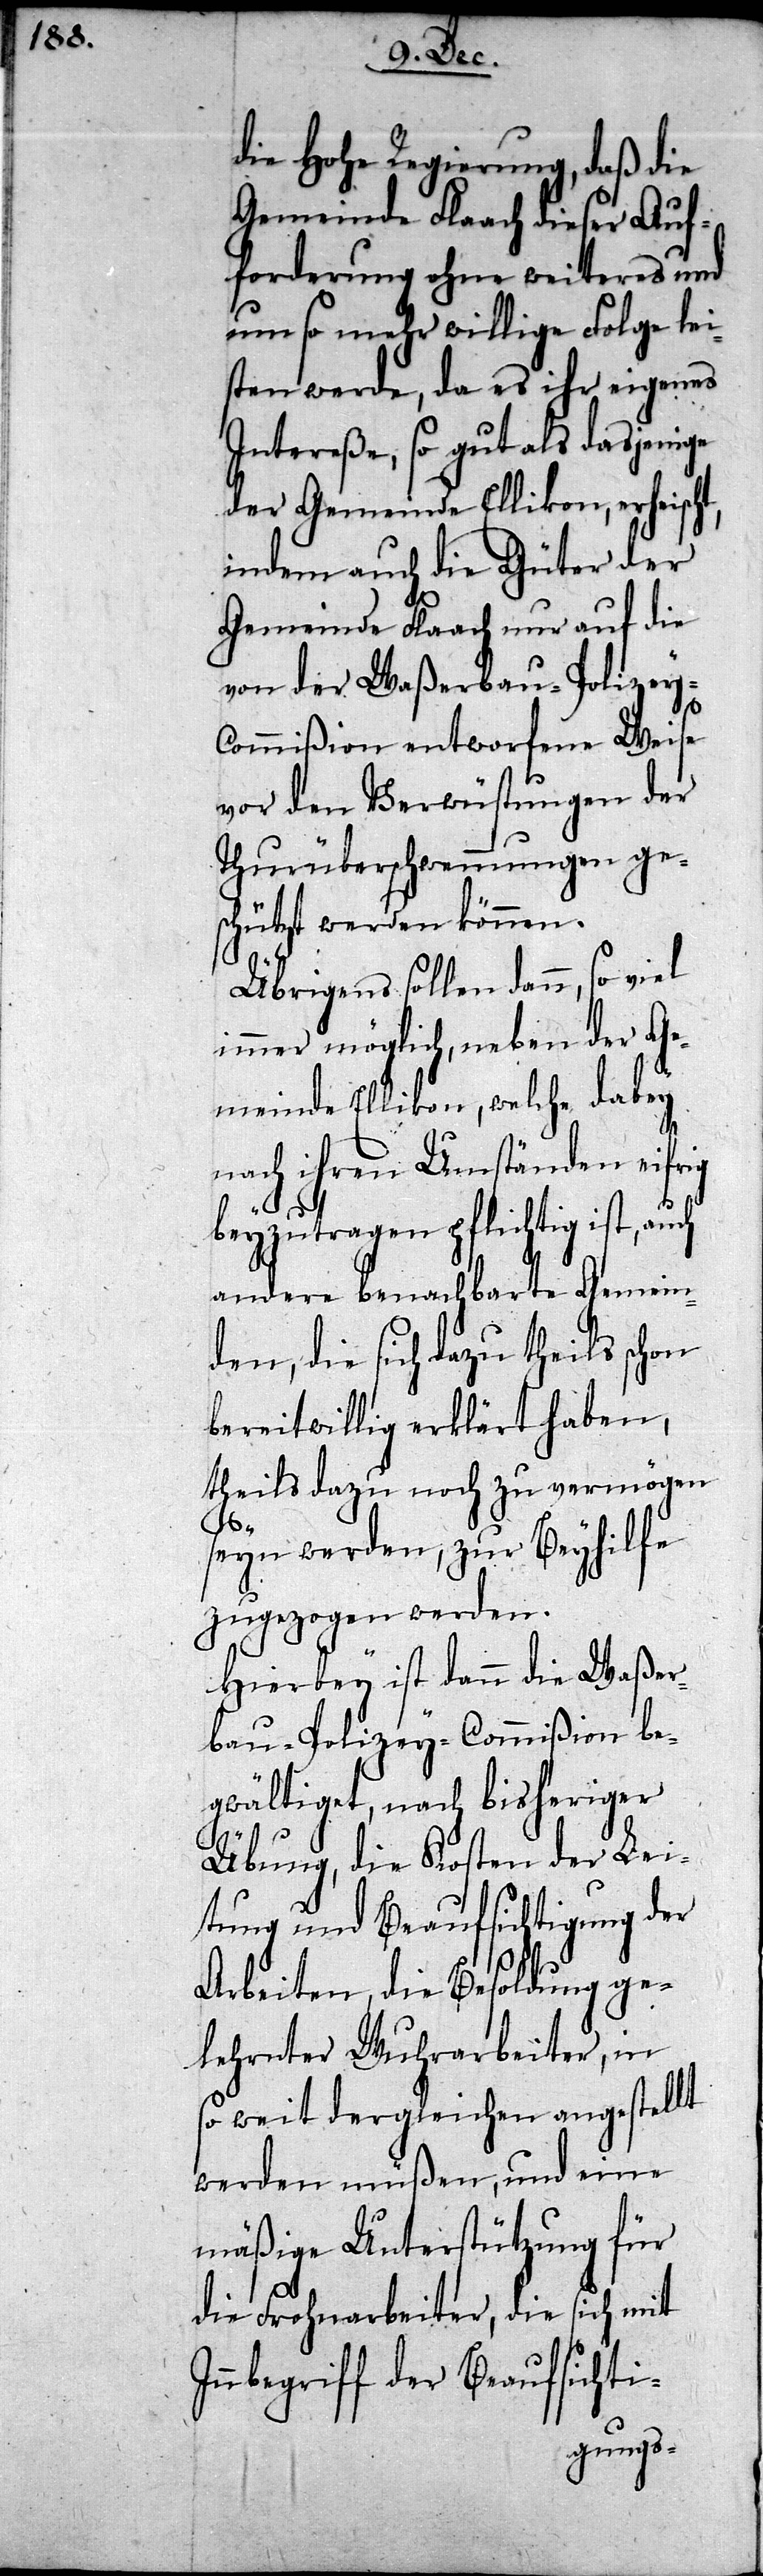
die Hohe Regierung, daß die
Gemeinde Flaach dieser Auf¬
forderung ohne weiteres und
um so mehr willige Folge lei¬
sten werde, da es ihr eigenes
Intereße, so gut als dasjenige
der Gemeinde Ellikon, erheischt,
indem auch die Güter der
Gemeinde Flaach nur auf die
von der Waßerbau-Polizey-C¬
ommißion entworfene Weise
vor den Verwüstungen der
Thurüberschwemmungen ge¬
schützt werden können.
Übrigens sollen dann, so viel
immer möglich, neben der Ge¬
meinde Ellikon, welche dabey
nach ihren Umständen eifrig
beyzutragen pflichtig ist, auch
andere benachbarte Gemein¬
den, die sich dazu theils schon
bereitwillig erklärt haben,
theils dazu noch zu vermögen
seyn werden, zur Beyhilfe
zugezogen werden.
Hierbey ist dann die Waßer¬
bau-Polizey-Commißion be¬
gwältiget, nach bisheriger
Übung, die Kosten der Lei¬
tung und Beaufsichtigung der
Arbeiten, die Besoldung ge¬
lehrnter Wuhrarbeiter, in
so weit dergleichen angestellt
werden müßen, und eine
mäßige Unterstützung für
die Frohnarbeiter, die sich mit
Innbegriff der Beaufsichti-